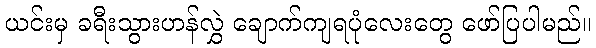
ယင်းမှ ခရီးသွားဟန်လွှဲ ချောက်ကျရပုံလေးတွေ ဖော်ပြပါမည်။